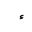
Letter: _hamza